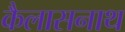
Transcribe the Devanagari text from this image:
कैलासनाथ